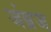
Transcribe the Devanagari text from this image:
जंब्रज